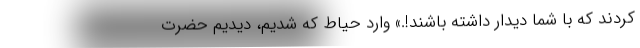
کردند که با شما دیدار داشته باشند!.» وارد حیاط که شدیم، دیدیم حضرت